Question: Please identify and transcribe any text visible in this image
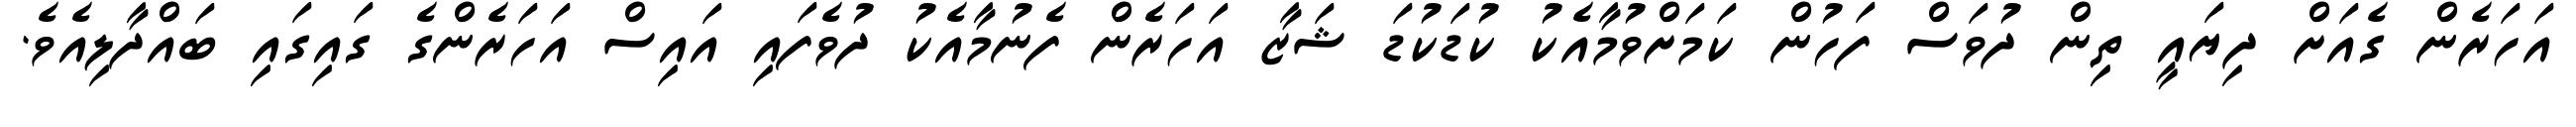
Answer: އަހަރެން ގެއަށް ދިޔައީ ތިން ދުވަސް ފަހުން ކަމަށްވުމާއެކު ކުޑަކުޑަ ޝަޒާ އަހަރެން ފެނުމާއެކު ދުވެފައި އައިސް އަހަރެންގެ ގައިގައި ބައްދާލިއެވެ.